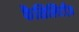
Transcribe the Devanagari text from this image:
फैसिलिटीज़